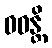
ဝဓန္တိ